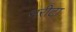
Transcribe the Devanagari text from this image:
नरीटा